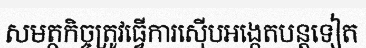
សមត្ថកិច្ចត្រូវធ្វើការស៊ើបអង្កេតបន្តទៀត